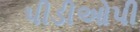
પીડીઓપી